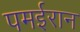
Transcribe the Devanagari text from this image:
पमईरान